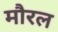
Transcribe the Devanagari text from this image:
मौरल